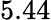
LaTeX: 5.44